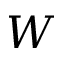
W